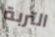
التربة